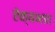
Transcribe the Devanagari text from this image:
ऐक्यभाव